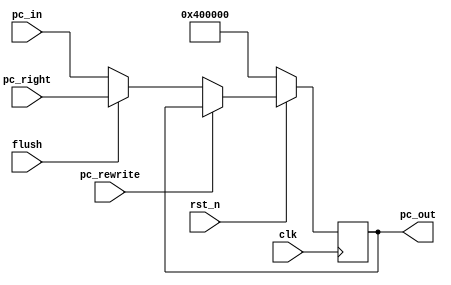
module PC (input clk, rst_n, pc_rewrite,flush,
           input [31:0] pc_in,pc_right,
           output reg [31:0] pc_out);
always @(posedge clk) 
begin
  if (!rst_n)
    pc_out <= 32'h00400000;
  else if (pc_rewrite)
    pc_out <= pc_out;
  else if (flush)
	pc_out <= pc_right;
  else
    pc_out <= pc_in;
end
endmodule